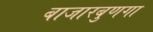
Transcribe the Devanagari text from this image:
बाजारबुणगा